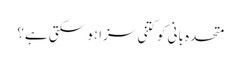
متحدہ بانی کوکتنی سزا ہو سکتی ہے؟